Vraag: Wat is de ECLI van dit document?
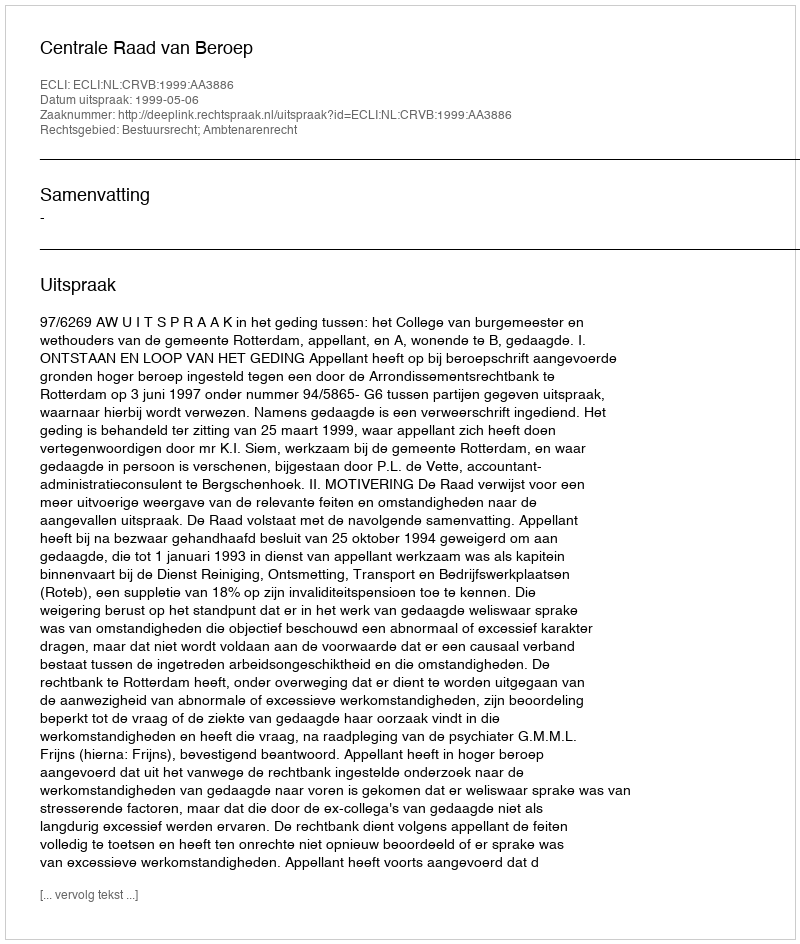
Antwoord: ECLI:NL:CRVB:1999:AA3886